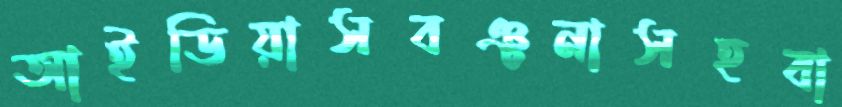
আইডিয়াসবঞ্চনাসহবা